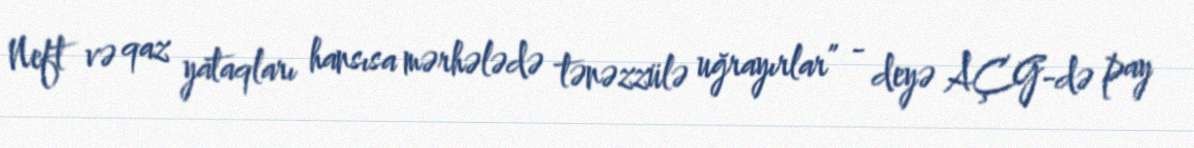
Neft və qaz yataqları hansısa mərhələdə tənəzzülə uğrayırlar” - deyə AÇG-də pay